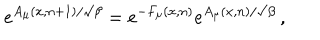
e ^ { A _ { \mu } ( x , n + 1 ) / \surd \beta } = e ^ { - F _ { \mu } ( x , n ) } e ^ { A _ { \mu } ( x , n ) / \surd \beta } \, ,